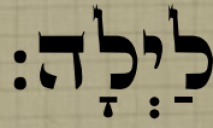
לַיְלָה: